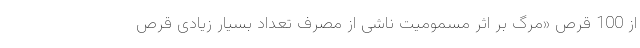
از 100 قرص‌ «مرگ بر اثر مسمومیت ناشی از مصرف تعداد بسیار زیادی قرص‌